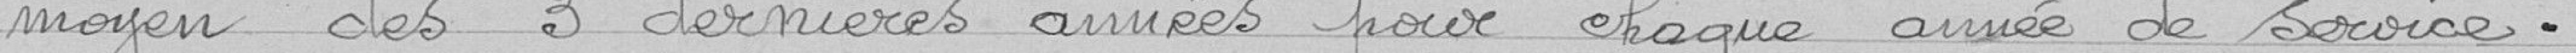
moyen des 3 dernières années pour chaque année de service